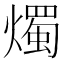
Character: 燭